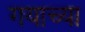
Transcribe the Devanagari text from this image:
गयाच्या